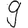
Digit: 9